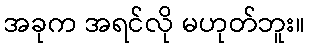
အခုက အရင်လို မဟုတ်ဘူး။